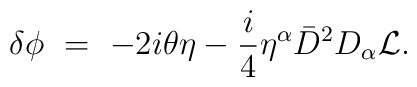
\delta\phi\ =\ -2i \theta\eta - {i\over4} \eta^\alpha {\bar D}^2 D_\alpha{\cal L}.